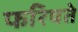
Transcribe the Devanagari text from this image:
फरिषते